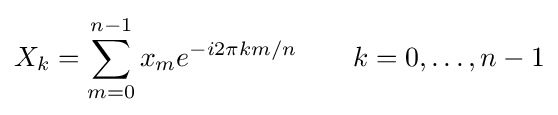
X_{k}=\sum _{m=0}^{n-1}x_{m}e^{-i2\pi km/n}\qquad k=0,\ldots ,n-1